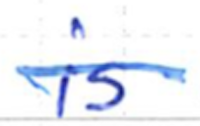
Text: is
Cross-out: single-line
Writing tool: ballpoint